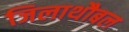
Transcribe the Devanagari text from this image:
जिलाथौबल